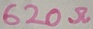
Text: 620Ω